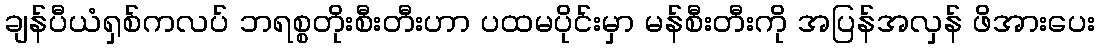
ချန်ပီယံရှစ်ကလပ် ဘရစ္စတိုးစီးတီးဟာ ပထမပိုင်းမှာ မန်စီးတီးကို အပြန်အလှန် ဖိအားပေး